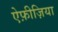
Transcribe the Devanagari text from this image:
ऐफ़ीज़िया